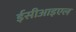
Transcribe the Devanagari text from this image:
ईसीआइएल